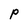
Character: p